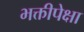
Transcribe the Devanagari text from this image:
भक्तीपेक्षा